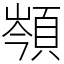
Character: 䫈